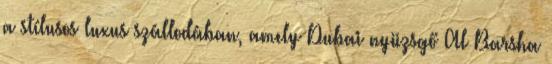
a stílusos luxus szállodában, amely Dubai nyüzsgő Al Barsha